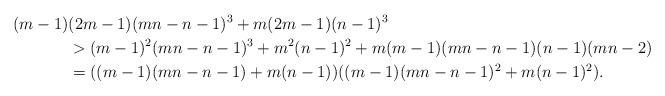
LaTeX: \begin{align*}(m-1)&(2m - 1)(mn-n-1)^3 + m(2m - 1)(n - 1)^3\\& > (m - 1)^2(mn-n-1)^3 + m^2(n-1)^2 + m(m-1)(mn-n-1)(n-1)(mn -2)\\& = ((m-1)(mn-n-1)+m(n-1))((m-1)(mn-n-1)^{2}+m(n-1)^{2}).\end{align*}